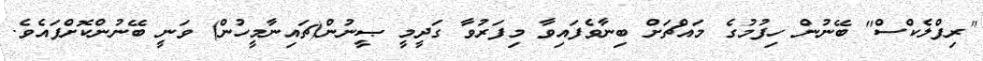
''ރިފްލެކްސް'' ބޭނުން ހިފުމުގެ މައްޗަށް ބިނާވެފައިވާ މިފަރުވާ ގަދީމީ ޞީނުން(ޗައިނާމީހުން) ވަނީ ބޭނުންކޮށްފައެވެ.